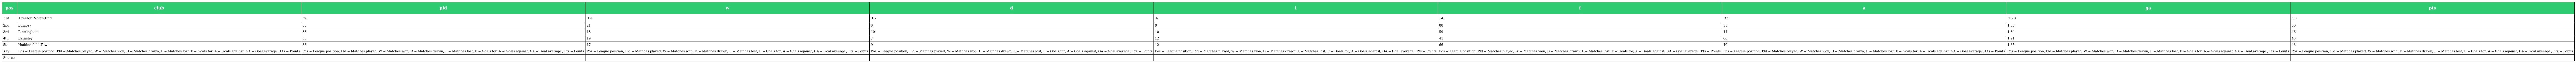
| pos | club | pld | w | d | l | f | a | ga | pts |
 | --- | --- | --- | --- | --- | --- | --- | --- | --- | --- |
 | 1st | Preston North End | 38 | 19 | 15 | 4 | 56 | 33 | 1.70 | 53 |
 | 2nd | Burnley | 38 | 21 | 8 | 9 | 88 | 53 | 1.66 | 50 |
 | 3rd | Birmingham | 38 | 18 | 10 | 10 | 59 | 44 | 1.34 | 46 |
 | 4th | Barnsley | 38 | 19 | 7 | 12 | 41 | 60 | 1.21 | 45 |
 | 5th | Huddersfield Town | 38 | 17 | 9 | 12 | 66 | 40 | 1.65 | 43 |
 | Key | Pos = League position; Pld = Matches played; W = Matches won; D = Matches drawn; L = Matches lost; F = Goals for; A = Goals against; GA = Goal average ; Pts = Points | Pos = League position; Pld = Matches played; W = Matches won; D = Matches drawn; L = Matches lost; F = Goals for; A = Goals against; GA = Goal average ; Pts = Points | Pos = League position; Pld = Matches played; W = Matches won; D = Matches drawn; L = Matches lost; F = Goals for; A = Goals against; GA = Goal average ; Pts = Points | Pos = League position; Pld = Matches played; W = Matches won; D = Matches drawn; L = Matches lost; F = Goals for; A = Goals against; GA = Goal average ; Pts = Points | Pos = League position; Pld = Matches played; W = Matches won; D = Matches drawn; L = Matches lost; F = Goals for; A = Goals against; GA = Goal average ; Pts = Points | Pos = League position; Pld = Matches played; W = Matches won; D = Matches drawn; L = Matches lost; F = Goals for; A = Goals against; GA = Goal average ; Pts = Points | Pos = League position; Pld = Matches played; W = Matches won; D = Matches drawn; L = Matches lost; F = Goals for; A = Goals against; GA = Goal average ; Pts = Points | Pos = League position; Pld = Matches played; W = Matches won; D = Matches drawn; L = Matches lost; F = Goals for; A = Goals against; GA = Goal average ; Pts = Points | Pos = League position; Pld = Matches played; W = Matches won; D = Matches drawn; L = Matches lost; F = Goals for; A = Goals against; GA = Goal average ; Pts = Points |
 | Source |  |  |  |  |  |  |  |  |  |